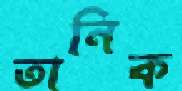
তানিক